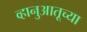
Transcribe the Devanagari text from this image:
व्हानुआतूच्या